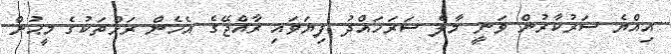
އިއްޔެ ސަރުކާރުން ވަނީ މާލެ ސަރަހައްދު ފިޔަވައި ރާއްޖޭގެ އެހެން ރަށްތަކުގެ މީޙުން